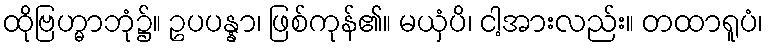
ထိုဗြဟ္မာဘုံ၌။ ဥပပန္နာ၊ ဖြစ်ကုန်၏။ မယှံပိ၊ ငါ့အားလည်း။ တထာရူပံ၊